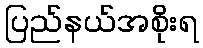
ပြည်နယ်အစိုးရ